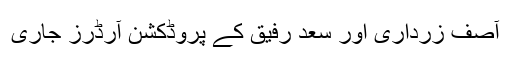
آصف زرداری اور سعد رفیق کے پروڈکشن آرڈرز جاری